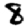
Digit: 8